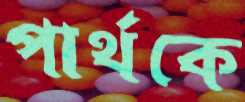
পার্থকে